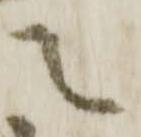
之